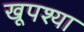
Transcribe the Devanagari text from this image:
खूपश्या